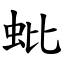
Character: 蚍